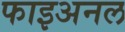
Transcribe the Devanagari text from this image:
फाइअनल